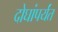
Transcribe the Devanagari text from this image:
दोघांपर्यंत